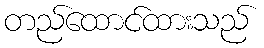
တည်ထောင်ထားသည်